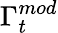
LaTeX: \Gamma_{t}^{mod}